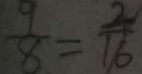
\frac { 9 } { 8 } = \frac { 2 } { 1 6 }